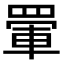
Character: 𮊋